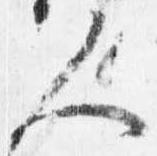
人